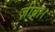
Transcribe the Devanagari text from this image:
ज़ीब्रा।